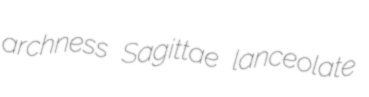
archness Sagittae lanceolate